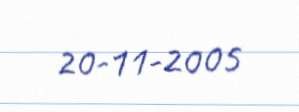
20-11-2005